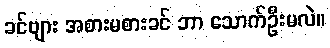
ခင်ဗျား အစားမစားခင် ဘာ သောက်ဦးမလဲ။